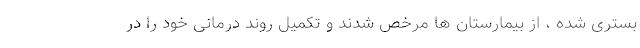
بستری شده ، از بیمارستان ها مرخص شدند و تکمیل روند درمانی خود را در